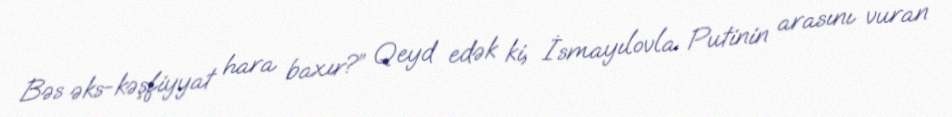
Bəs əks-kəşfiyyat hara baxır?” Qeyd edək ki, İsmayılovla Putinin arasını vuran